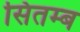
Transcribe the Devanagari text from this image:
सितम्ब